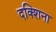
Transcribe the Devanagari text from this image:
दक्शिना